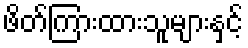
ဖိတ်ကြားထားသူများနှင့်